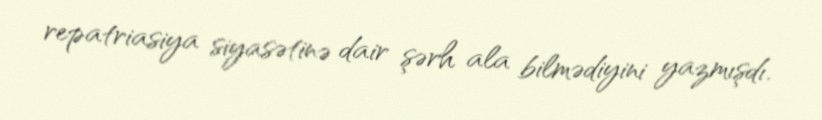
repatriasiya siyasətinə dair şərh ala bilmədiyini yazmışdı.